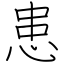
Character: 患